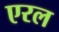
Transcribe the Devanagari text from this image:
एरल